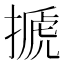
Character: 搋